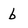
Character: b